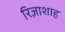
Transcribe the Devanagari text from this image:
रिज़ाशाह